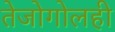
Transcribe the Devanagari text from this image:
तेजोगोलही